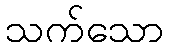
သက်သော